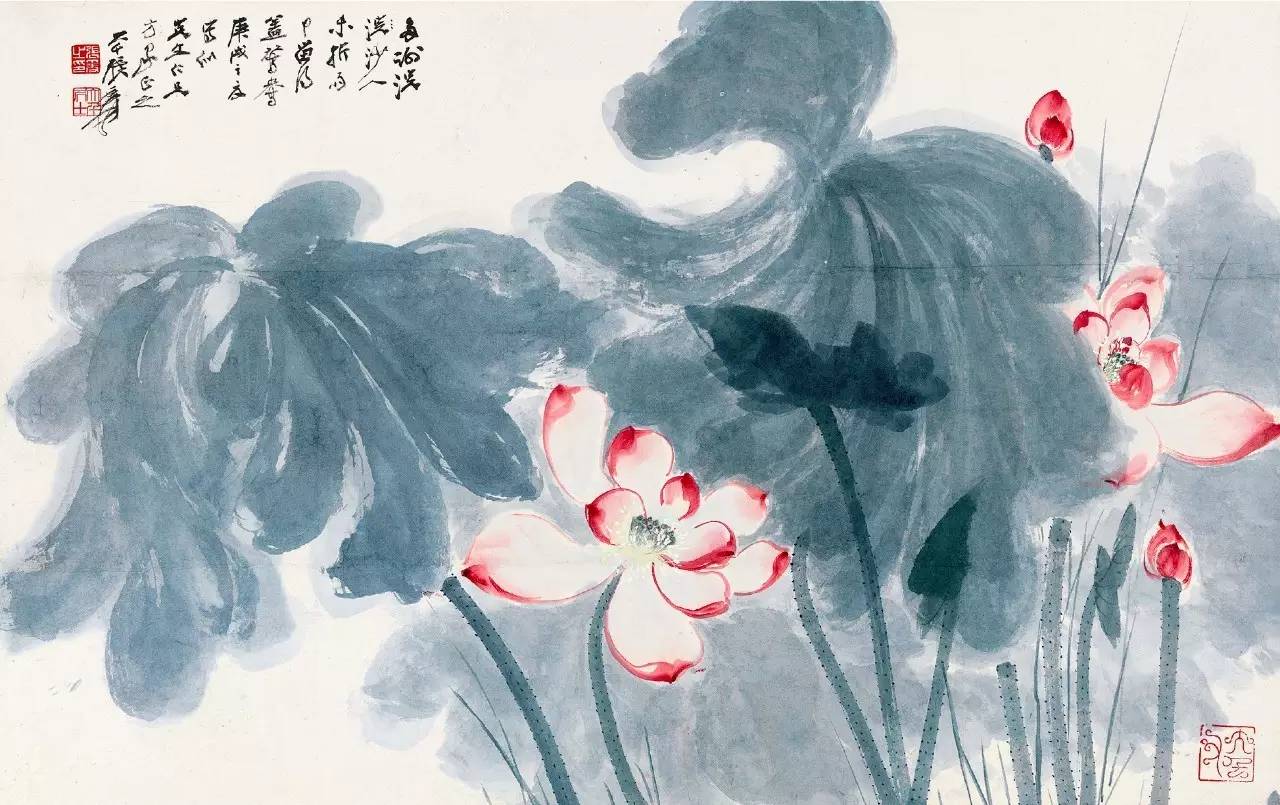
鸳鸯密语同倾盖，且莫与浣纱人说。